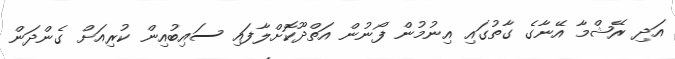
އަދި ރޭޝްމާ އޭނާގެ ގާތުގައި އިނުމުން ފޯނުން އަތްދޫކޮށްލާފައި ސައިބުއިން ކުރިއަށް ގެންދަން